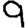
Digit: 9